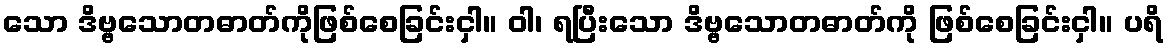
သော ဒိဗ္ဗသောတဓာတ်ကိုဖြစ်စေခြင်းငှါ။ ဝါ၊ ရပြီးသော ဒိဗ္ဗသောတဓာတ်ကို ဖြစ်စေခြင်းငှါ။ ပရိ